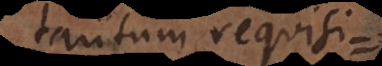
tantum requisitum